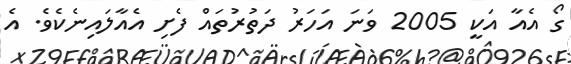
ގޯ އެއާ އަކީ 2005 ވަނަ އަހަރު ދަތުރުތައް ފެށި އެއާލައިނެކެވެ. އެ